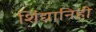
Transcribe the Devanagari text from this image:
शिंद्यानिही